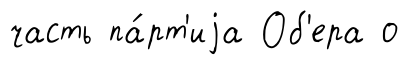
часть па́рт'иjа Об'ера о